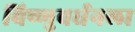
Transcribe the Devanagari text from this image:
विष्णुवर्धनला